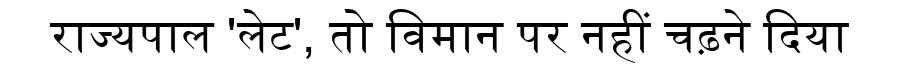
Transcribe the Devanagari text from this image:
राज्यपाल 'लेट', तो विमान पर नहीं चढ़ने दिया